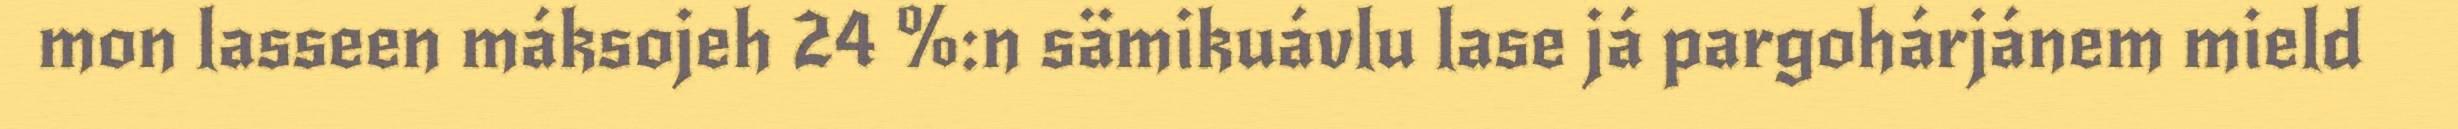
mon lasseen máksojeh 24 %:n sämikuávlu lase já pargohárjánem mield